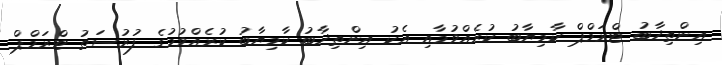
އިންތިޚާބު ޓްރަމްޕް ކާމިޔާބު ކުރެއްވުމާއި އެކު އިންތިޚާބު ކާމިޔާބު ކުރެއްވުމުގެ ފުރުސަތު ޓްރަމްޕް